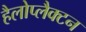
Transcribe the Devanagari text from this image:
हैलोप्लैक्टन